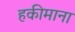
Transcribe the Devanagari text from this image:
हकीमाना